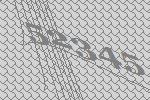
52345